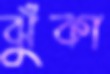
ঝুঁকা